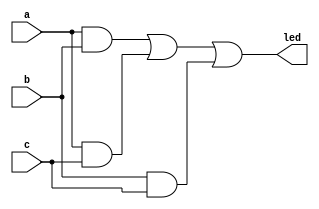
module vote3 (
	input wire a,
	input wire b,
	input wire c,
	output wire led);
		assign led =(a & b) | (a & c) | (b & c) ;
endmodule